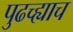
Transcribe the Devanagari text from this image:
पुढच्ह्याच